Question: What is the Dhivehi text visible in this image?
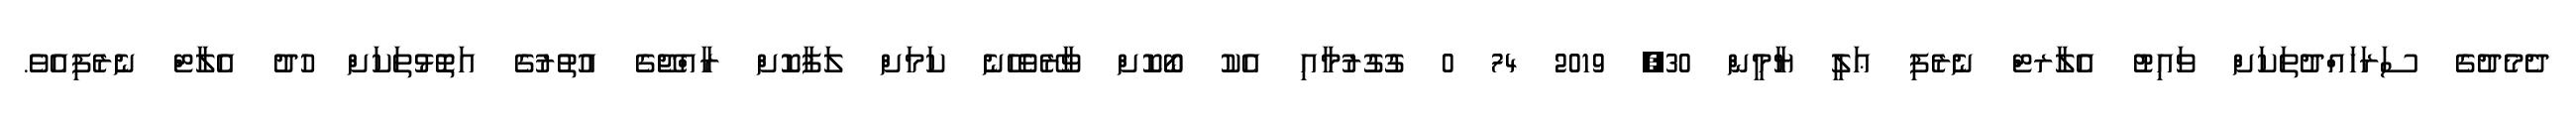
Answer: ދެމެދުގެ ސަރަހައްދުތަކަށް ވައިޓު އެލާރޓް ނެރެފި ޢަލީ ޔާމީން 30, 2019 74 0 ގުގުރުމާއި އެކު ބޯކޮށް ވާރޭވެހޭނެ ކަމަށް ލަފާކޮށް ރާއްޖޭގެ އުތުރުގެ އަތޮޅުތަކަށް ހުދު އެލާޓް ނެރެފިއެވެ.